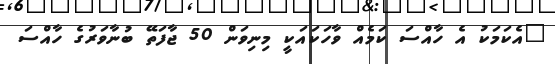
"އެކަމަކު އެ ހާއްސަ ކަމެއް ވާހަކައަކީ މިނިވަން 50 ޖާފަތޭ ބުނާވަރުގެ ހާއްސަ